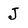
Character: J